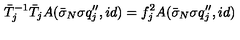
\bar { T } _ { j } ^ { - 1 } \bar { T } _ { j } A ( \bar { \sigma } _ { N } \sigma q _ { j } ^ { \prime \prime } , i d ) = f _ { j } ^ { 2 } A ( \bar { \sigma } _ { N } \sigma q _ { j } ^ { \prime \prime } , i d )